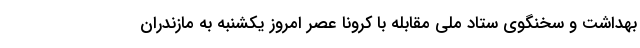
بهداشت و سخنگوی ستاد ملی مقابله با کرونا عصر امروز یکشنبه به مازندران